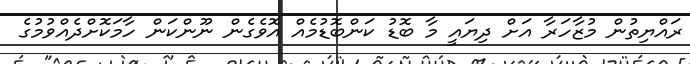
ރައްޔިތުން މުޒާހަރާ އަށް ދިޔައީ މާ ބޮޑު ކަންބޮޑުމެއް އޮވެގެން ނޫންކަން ހާމަކޮށްދެއްވުމުގެ